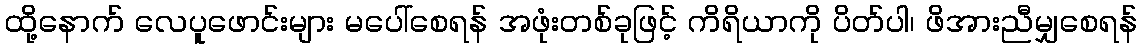
ထို့နောက် လေပူဖောင်းများ မပေါ်စေရန် အဖုံးတစ်ခုဖြင့် ကိရိယာကို ပိတ်ပါ၊ ဖိအားညီမျှစေရန်